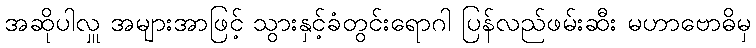
အဆိုပါလှူ အများအာဖြင့် သွားနှင့်ခံတွင်းရောဂါ ပြန်လည်ဖမ်းဆီး မဟာဗောဓိမှ